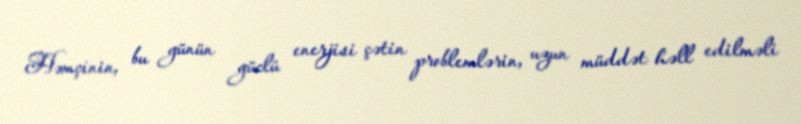
Həmçinin, bu günün güclü enerjisi çətin problemlərin, uzun müddət həll edilməli